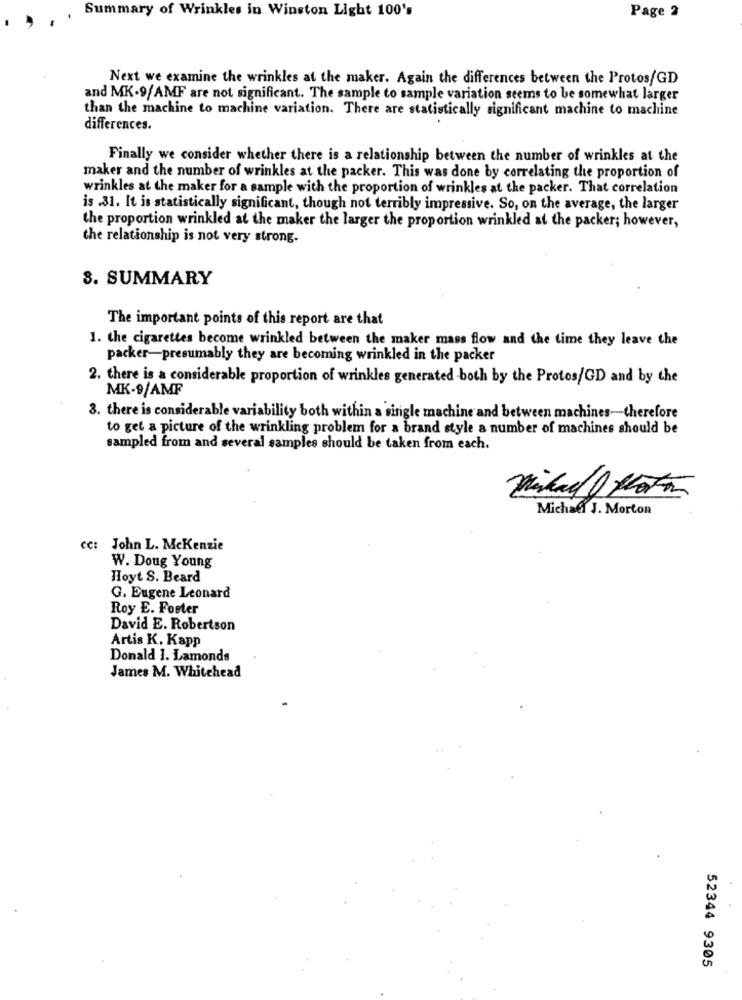
Summary of Wrinkles in Winston Light 100's
Page 2
Next we examine the wrinkles at the maker. Again the differences between the Protos/GD
and MK-9/AMF are not significant. The sample to sample variation seems to be somewhat larger
than the machine to machine variation. There are statistically significant machine to machine
differences.
Finally we consider whether there is a relationship between the number of wrinkles at the
maker and the number of wrinkles at the packer. This was done by correlating the proportion of
wrinkles at the maker for a sample with the proportion of wrinkles at the packer. That correlation
is .31. It is statistically significant, though not terribly impressive. So, on the average, the larger
the proportion wrinkled at the maker the larger the proportion wrinkled at the packer; however,
the relationship is not very strong-
3. SUMMARY
The important points of this report are that
1. the cigarettes become wrinkled between the maker mass flow and the time they leave the
packer-presumably they are becoming wrinkled in the packer
2. there is a considerable proportion of wrinkles generated both by the Protos/GD and by the
MK-9/AMF
3. there is considerable variability both within a single machine and between machines-therefore
to get a picture of the wrinkling problem for a brand style a number of machines should be
sampled from and several samples should be taken from each.
minskad Marton
Michael J. Morton
cc:
John L. Mckenzie
W. Doug Young
Hoyt S. Beard
G. Eugene Leonard
Roy E. Foster
David E. Robertson
Artis K. Kapp
Donald 1. Lamonds
James M. Whitehead
52344 9305